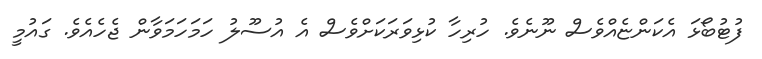
ފުޓުބޯޅަ އެކަންޏެއްވެސް ނޫނެވެ. ހުރިހާ ކުޅިވަރަކަށްވެސް އެ އުސޫލު ހަމަހަމަވާން ޖެހެއެވެ. ގައުމީ